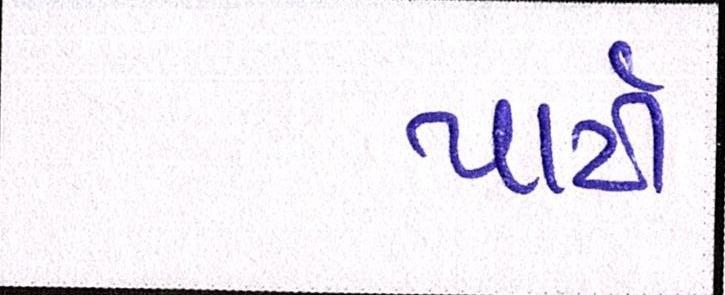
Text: પાર્ટી